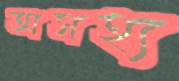
অসহ্য